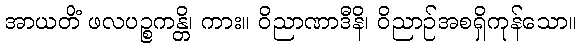
အာယတိံ ဖလပဉ္စကန္တိ၊ ကား။ ဝိညာဏာဒီနိ၊ ဝိညာဉ်အစရှိကုန်သော။